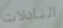
النادلات